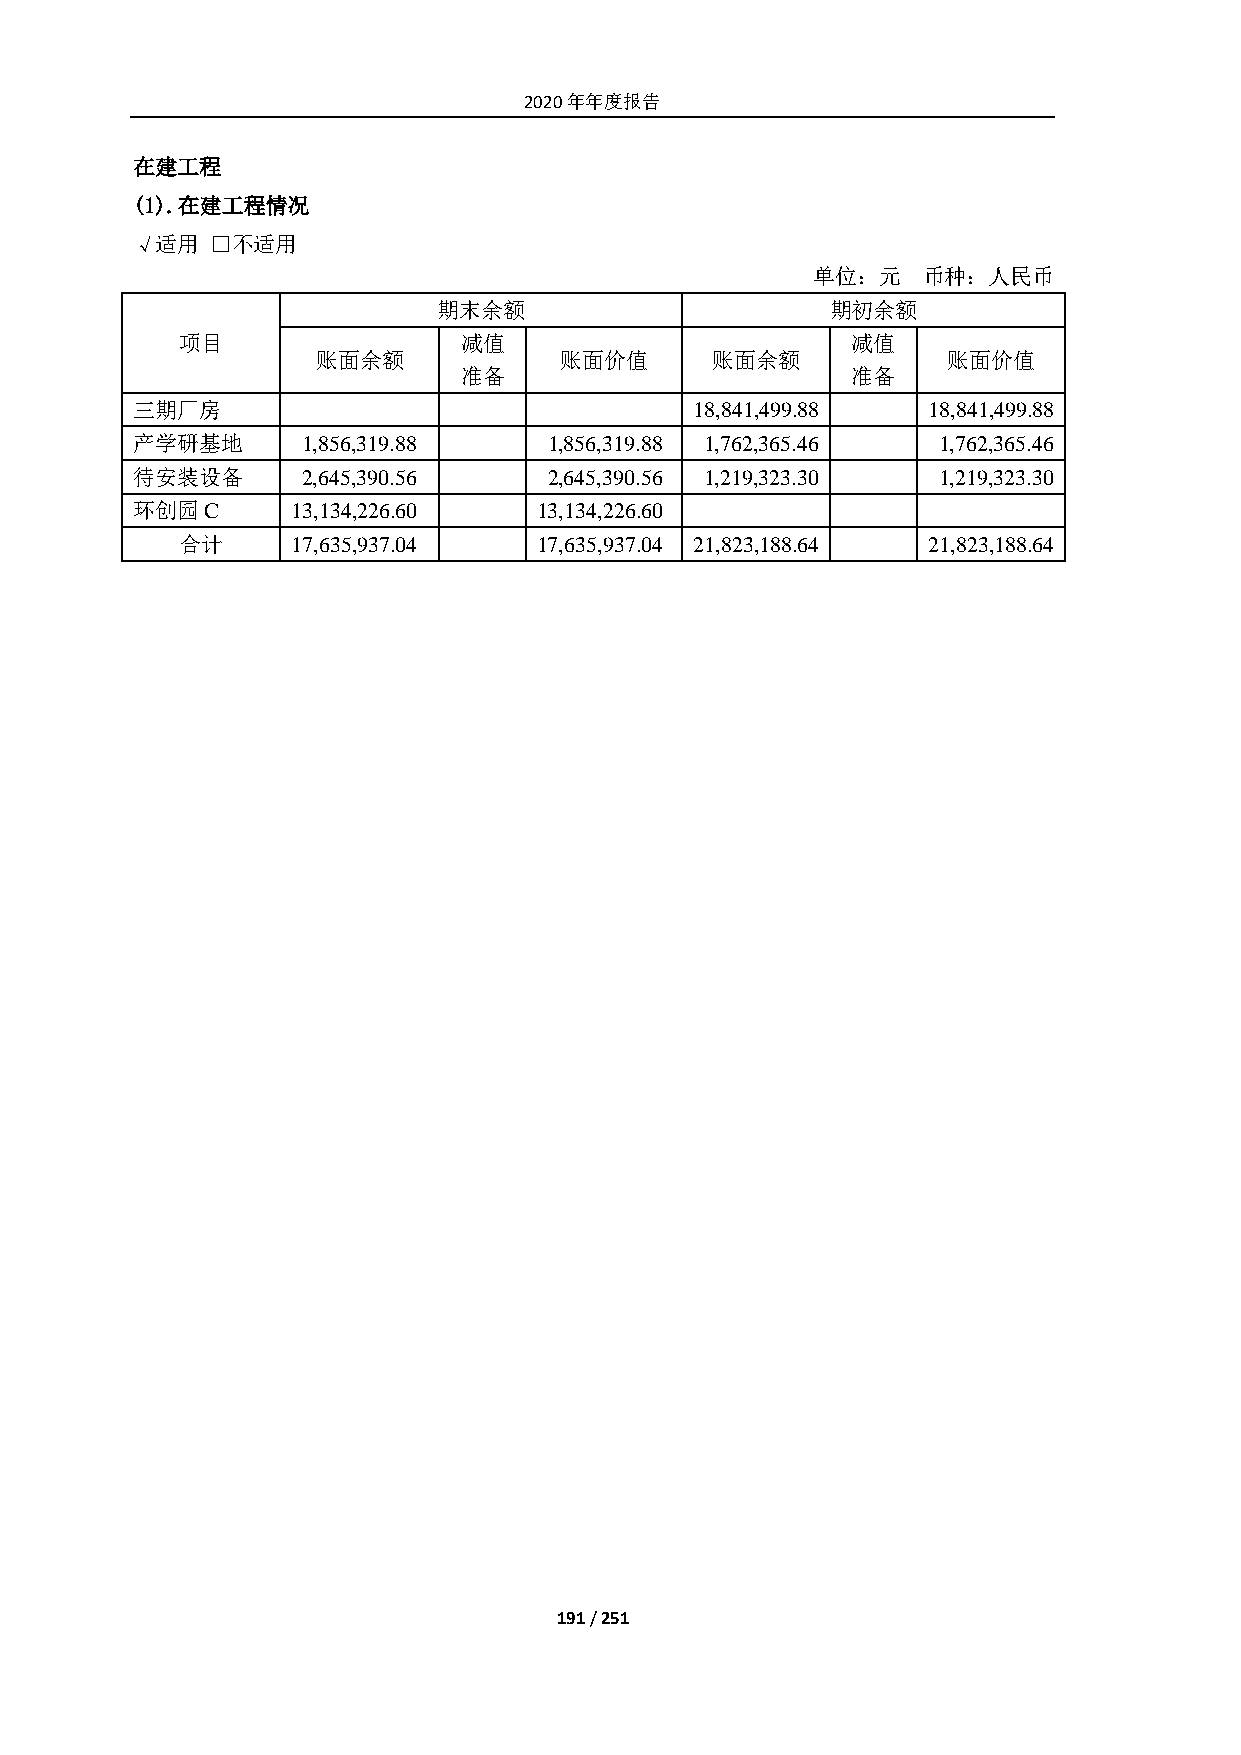
2020年年度报告
 在建工程
 (1). 在建工程情况
 √适用  □不适用
 单位：元   币种：人民币
 期末余额                      期初余额
 项目                减值                        减值
 账面余额            账面价值      账面余额            账面价值
 准备                        准备
 三期厂房                                 18,841,499.88  18,841,499.88
 产学研基地      1,856,319.88    1,856,319.88 1,762,365.46 1,762,365.46
 待安装设备      2,645,390.56    2,645,390.56 1,219,323.30 1,219,323.30
 环创园C      13,134,226.60    13,134,226.60
 合计     17,635,937.04    17,635,937.04 21,823,188.64 21,823,188.64
 191 / 251